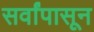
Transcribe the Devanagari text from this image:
सर्वांपासून